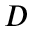
D